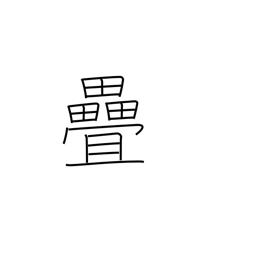
Meaning: tatami